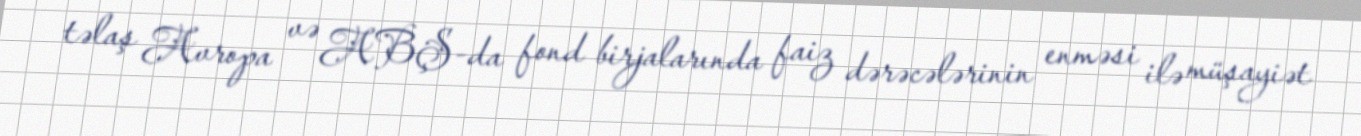
təlaş Avropa və ABŞ-da fond birjalarında faiz dərəcələrinin enməsi ilə müşayiət